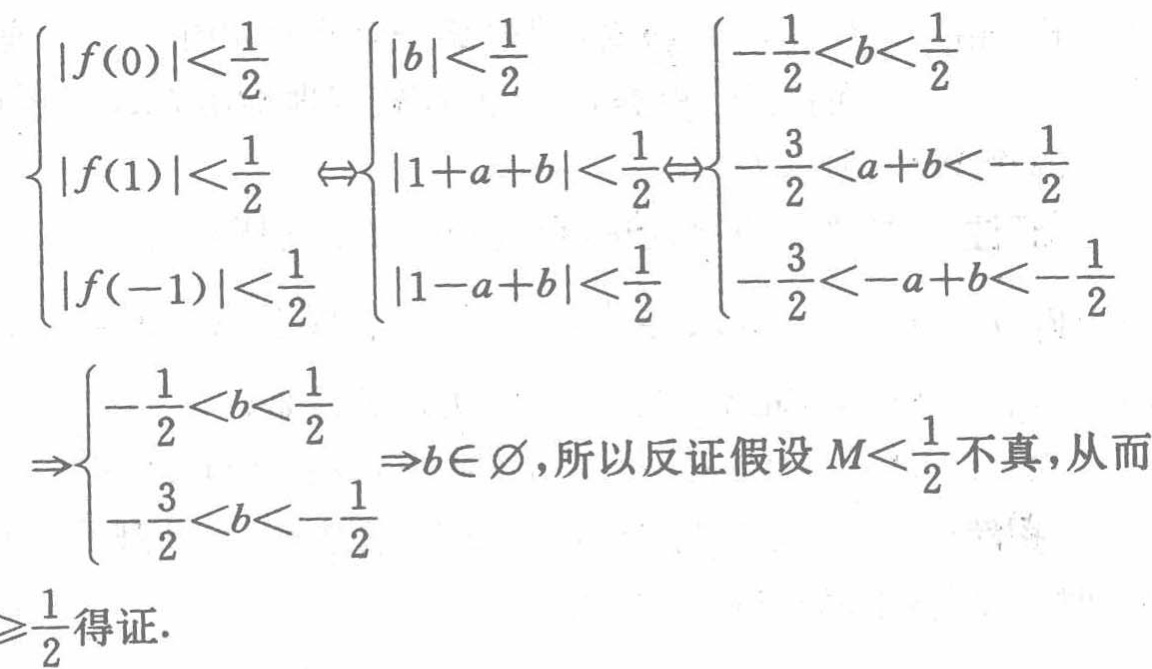
\begin{align*}
&\begin{cases}
|f(0)|<\frac{1}{2}\\
|f(1)|<\frac{1}{2}\\
|f(-1)|<\frac{1}{2}
\end{cases}
\Leftrightarrow\begin{cases}
|b|<\frac{1}{2}\\
|1 + a + b|<\frac{1}{2}\\
|1 - a + b|<\frac{1}{2}
\end{cases}
\Leftrightarrow\begin{cases}
-\frac{1}{2}<b<\frac{1}{2}\\
-\frac{3}{2}<a + b<-\frac{1}{2}\\
-\frac{3}{2}<-a + b<-\frac{1}{2}
\end{cases}\\
&\Rightarrow\begin{cases}
-\frac{1}{2}<b<\frac{1}{2}\\
-\frac{3}{2}<b<-\frac{1}{2}
\end{cases}
\Rightarrow b\in \varnothing,所以反证假设\(M<\frac{1}{2}\)不真,从而\\
&\geqslant\frac{1}{2}得证.
\end{align*}